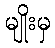
မျိုးမှ